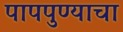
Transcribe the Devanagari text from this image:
पापपुण्याचा